Papers set at the Examination for Leaving Certificates, 1894
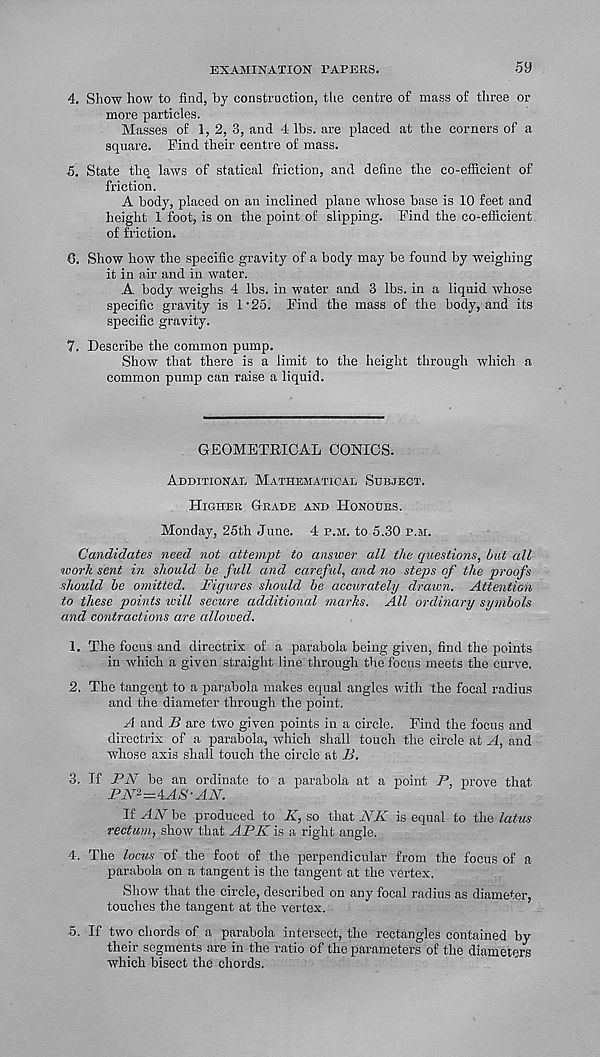
EXAMINATION TAPERS.
5 a
4. Show how to find, by construction, the centre of mass of three or
more particles.
Masses of 1,2, 3, and 4 lbs. are placed at the corners of a
square. Find their centre of mass.
5. State the laws of statical friction, and define the co-efficient of
friction.
A body, placed on an inclined plane whose base is 10 feet and
height 1 foot, is on the point of slipping. Find the co-efficient
of friction.
6. Show how the specific gravity of a body may be found by weighing
it in air and in water.
A body weighs 4 lbs. in water and 3 lbs. in a liquid whose
specific gravity is l - 25. Find the mass of the body, and its
specific gravity.
7. Describe the common pump.
Show that there is a limit to the height through which a
common pump can raise a liquid.
GEOMETRICAL CONICS.
Additional Mathematical Subject.
Higher Grade and Honours.
Monday, 25th June. 4 p.m. to 5.30 p.m.
Candidates need not attempt to answer all the questions, but all
work sent in should be full and careful, and no steps of the proofs
should be omitted. Figures should be accurately draion. Attention
to these points ivill secure additional marks. All ordinary symbols
and contractions are allowed.
1. The focus and directrix of a parabola being given, find the points
in which a given straight line through the focus meets the curve.
2. The tangent to a parabola makes equal angles with the focal radius
and the diameter through the point.
A and B are two given points in a circle. Find the focus and
directrix of a parabola, which shall touch the circle at A, and
whose axis shall touch the circle at B.
3. If PN be an ordinate to a parabola at a point P, prove that
PN 2 =4AS' AN.
If AN be produced to K, so that NK is equal to the latus
rectum, show that APK is a right angle.
4. The locus of the foot of the perpendicular from the focus of a
parabola on a tangent is the tangent at the vertex.
Show that the circle, described on any focal radius as diameter,
touches the tangent at the vertex.
5. If two chords of a parabola intersect, the rectangles contained by
their segments are in the ratio of the parameters of the diameters
which bisect the chords.